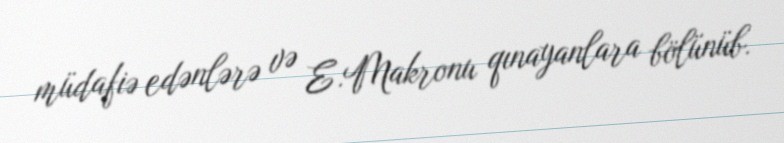
müdafiə edənlərə və E.Makronu qınayanlara bölünüb.